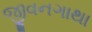
જીવનગાથા